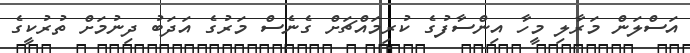
އަސްލަން މަރާލި މީހާ އިންސާފުގެ ކުރިމައްޗަށް ގެނެސް މަރުގެ އަދަބު ދިނުމަށް ތުރުކީގެ